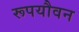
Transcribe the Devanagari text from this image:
रूपयौवन